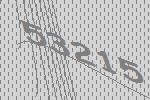
53215